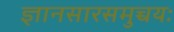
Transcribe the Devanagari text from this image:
ज्ञानसारसमुच्चयः